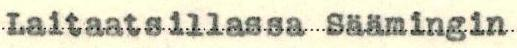
Laitaatsillassa Säämingin